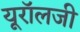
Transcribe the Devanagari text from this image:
यूरॉलजी